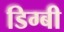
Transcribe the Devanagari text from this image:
डिग्‍बी